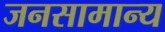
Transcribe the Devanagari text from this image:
जनसामान्‍य